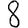
Digit: 8